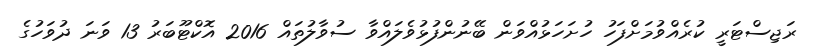
ރަޖިސްޓަރީ ކުރެއްވުމަށްފަހު ހުށަހަޅުއްވަން ބޭނުންފުޅުވެލައްވާ ސުވާލުތައް 2016 އޮކްޓޫބަރު 13 ވަނަ ދުވަހުގެ